Insane asylums in Bengal annual reports 1867-1875 - 1867-1875
Year: 1867
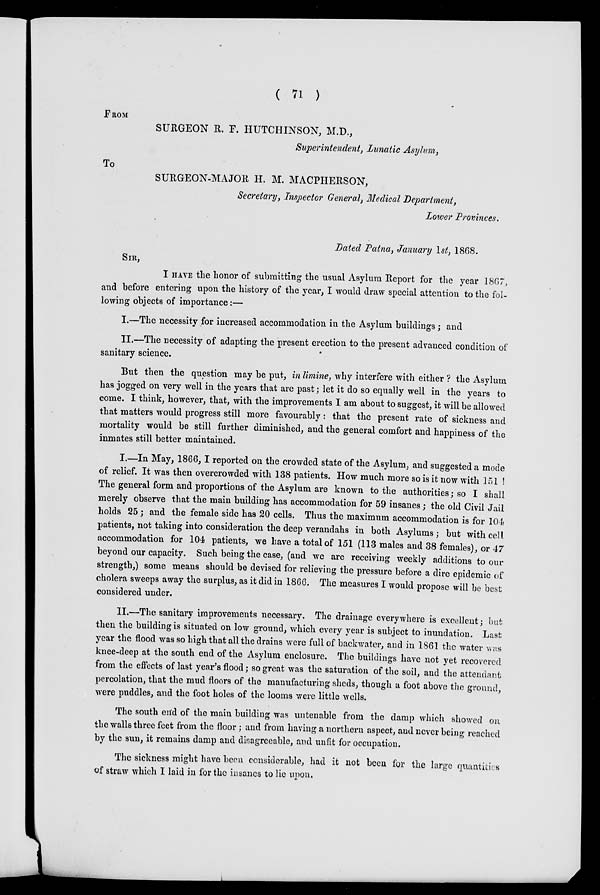
( 71 )
FROM
SURGEON R. F. HUTCHINSON, M.D.,
Superintendent, Lunatic Asylum,
To
SURGEON-MAJOR H. M. MACPHERSON,
Secretary, Inspector General, Medical Department,
Lower Provinces.
Dated Patna, January 1st, 1868.
SIR,
I HAVE the honor of submitting the usual Asylum Report for the year 1867,
and before entering upon the history of the year, I would draw special attention to the fol-
lowing objects of importance:—
I.—The necessity for increased accommodation in the Asylum buildings; and
II.—The necessity of adapting the present erection to the present advanced condition of
sanitary science.
But then the question may be put, in limine, why interfere with either ? the Asylum
has jogged on very well in the years that are past; let it do so equally well in the years to
come. I think, however, that, with the improvements I am about to suggest, it will be allowed
that matters would progress still more favourably: that the present rate of sickness and
mortality would be still further diminished, and the general comfort and happiness of the
inmates still better maintained.
I.—In May, 1866, I reported on the crowded state of the Asylum, and suggested a mode
of relief. It was then overcrowded with 138 patients. How much more so is it now with 151 !
The general form and proportions of the Asylum are known to the authorities; so I shall
merely observe that the main building has accommodation for 59 insanes; the old Civil Jail
holds 25 ; and the female side has 20 cells. Thus the maximum accommodation is for 104
patients, not taking into consideration the deep verandahs in both Asylums; but with cell
accommodation for 104 patients, we have a total of 151 (113 males and 38 females), or 47
beyond our capacity. Such being the case, (and we are receiving weekly additions to our
strength,) some means should be devised for relieving the pressure before a dire epidemic of
cholera sweeps away the surplus, as it did in 1866. The measures I would propose will be best
considered under.
II.—The sanitary improvements necessary. The drainage everywhere is excellent; but
then the building is situated on low ground, which every year is subject to inundation. Last
year the flood was so high that all the drains were full of backwater, and in 1861 the water was
knee-deep at the south end of the Asylum enclosure. The buildings have not yet recovered
from the effects of last year's flood; so great was the saturation of the soil, and the attendant
percolation, that the mud floors of the manufacturing sheds, though a foot above the ground,
were puddles, and the foot holes of the looms were little wells.
The south end of the main building was untenable from the damp which showed on
the walls three feet from the floor; and from having a northern aspect, and never being reached
by the sun, it remains damp and disagreeable, and unfit for occupation.
The sickness might have been considerable, had it not been for the large quantities
of straw which I laid in for the insanes to lie upon.